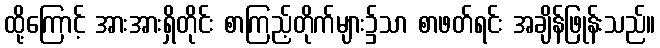
ထို့ကြောင့် အားအားရှိတိုင်း စာကြည့်တိုက်များ၌သာ စာဖတ်ရင်း အချိန်ဖြုန်းသည်။